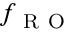
f _ { \mathrm { ~ R ~ O ~ } }